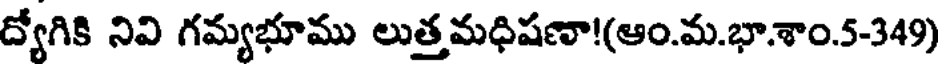
ద్యోగికి నివి గమ్యభూము లుత్తమధిషణా!(ఆం.మ.భా.శాం.5-349)